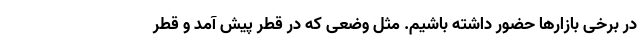
در برخی بازارها حضور داشته باشیم. مثل وضعی که در قطر پیش آمد و قطر